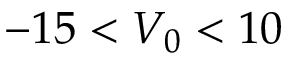
- 1 5 < V _ { 0 } < 1 0